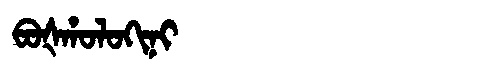
Manchu: ᠪᠣᡧᡥᠣᠯᠣᡴᡳᠨᡳ
Romanization: BOŠHOLOKINI